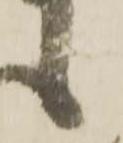
之